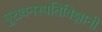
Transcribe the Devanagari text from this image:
पुरावनस्पतिविज्ञानी